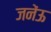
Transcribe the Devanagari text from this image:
जनेंऊ